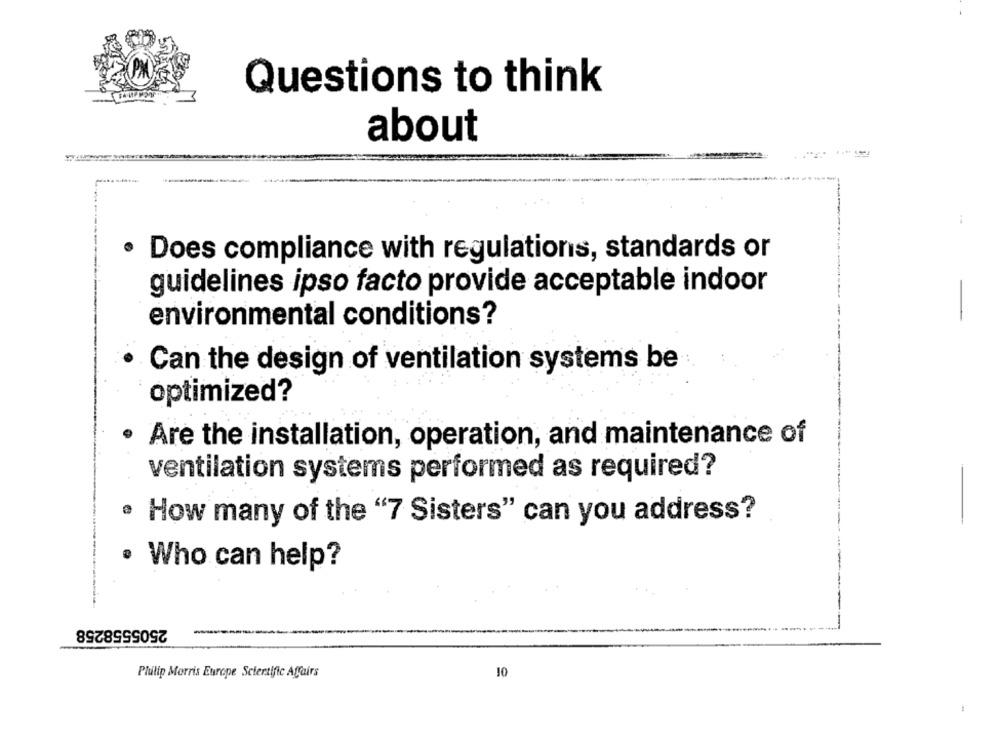
Questions to think
about
· Does compliance with regulations, standards or
guidelines ipso facto provide acceptable indoor
environmental conditions?
Can the design of ventilation systems be
optimized?
Are the installation, operation, and maintenance of
ventilation systems performed as required?
· How many of the "7 Sisters" can you address?
· Who can help?
2505558258
Philip Morris Europe Scientific Affairs
10